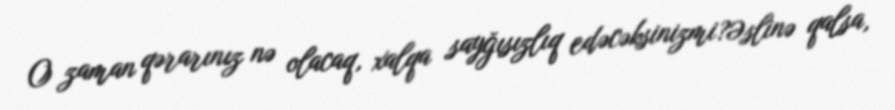
O zaman qərarınız nə olacaq, xalqa sayğısızlıq edəcəksinizmi?Əslinə qalsa,